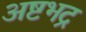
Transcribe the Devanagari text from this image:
अष्टभद्र